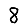
Digit: 8